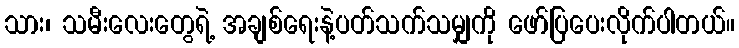
သား၊ သမီးလေးတွေရဲ့ အချစ်ရေးနဲ့ပတ်သက်သမျှကို ဖော်ပြပေးလိုက်ပါတယ်။